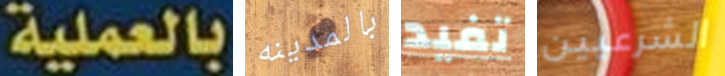
بالعملية بالمدينه تفيد الشرعيين